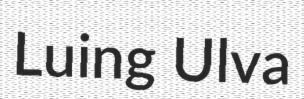
Luing Ulva